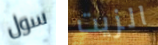
سول الزيت